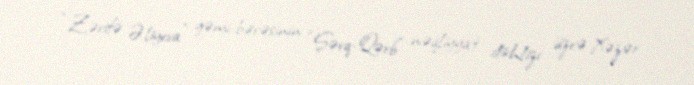
“Zərifə Əliyeva” gəmi-bərəsinin “Şərq-Qərb” nəqliyyat dəhlizi üzrə Xəzər